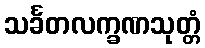
သင်္ခတလက္ခဏသုတ္တံ